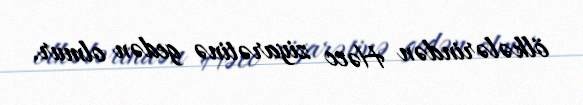
ölkələrindən Həcc ziyarətinə gedən olmur.